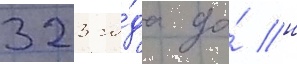
323 го́да до́ н